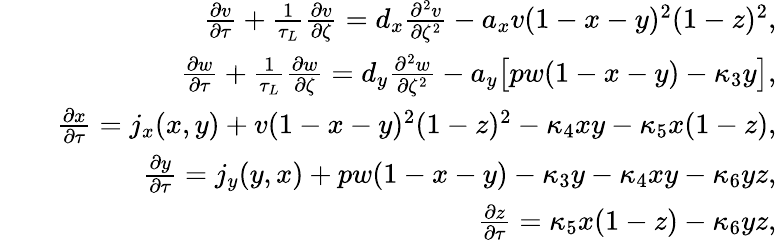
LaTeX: \begin{array}{rlr}&{}&{\frac{\partial v}{\partial\tau}+\frac{1}{\tau_{L}}\frac{\partial v}{\partial\zeta}=d_{x}\frac{\partial^{2}v}{\partial\zeta^{2}}-a_{x}v(1-x-y)^{2}(1-z)^{2},}\\ &{}&{\frac{\partial w}{\partial\tau}+\frac{1}{\tau_{L}}\frac{\partial w}{\partial\zeta}=d_{y}\frac{\partial^{2}w}{\partial\zeta^{2}}-a_{y}\big[pw(1-x-y)-\kappa_{3}y\big],}\\ &{}&{\frac{\partial x}{\partial\tau}=j_{x}(x,y)+v(1-x-y)^{2}(1-z)^{2}-\kappa_{4}xy-\kappa_{5}x(1-z),}\\ &{}&{\frac{\partial y}{\partial\tau}=j_{y}(y,x)+pw(1-x-y)-\kappa_{3}y-\kappa_{4}xy-\kappa_{6}yz,}\\ &{}&{\frac{\partial z}{\partial\tau}=\kappa_{5}x(1-z)-\kappa_{6}yz,}\end{array}